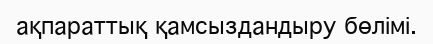
ақпараттық қамсыздандыру бөлімі.